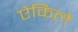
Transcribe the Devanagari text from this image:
ऐकिलें